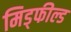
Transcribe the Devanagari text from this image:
मिड्फील्ड